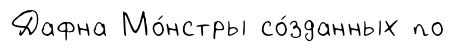
Дафна Мо́нстры со́зданных по